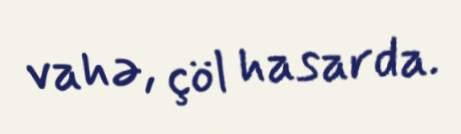
vahə, çöl hasarda.